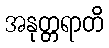
အနုတ္တရာတိ